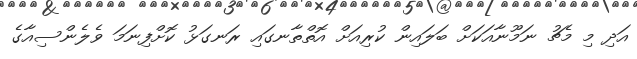
އަދި މި މެޗު ނަމޫނާއަކަށް ބަލައިން ކުރިއަށް އޮތްތާނގައި ރަނގަޅު ކޮށްފިނަމަ ވެލެންސިއާގެ